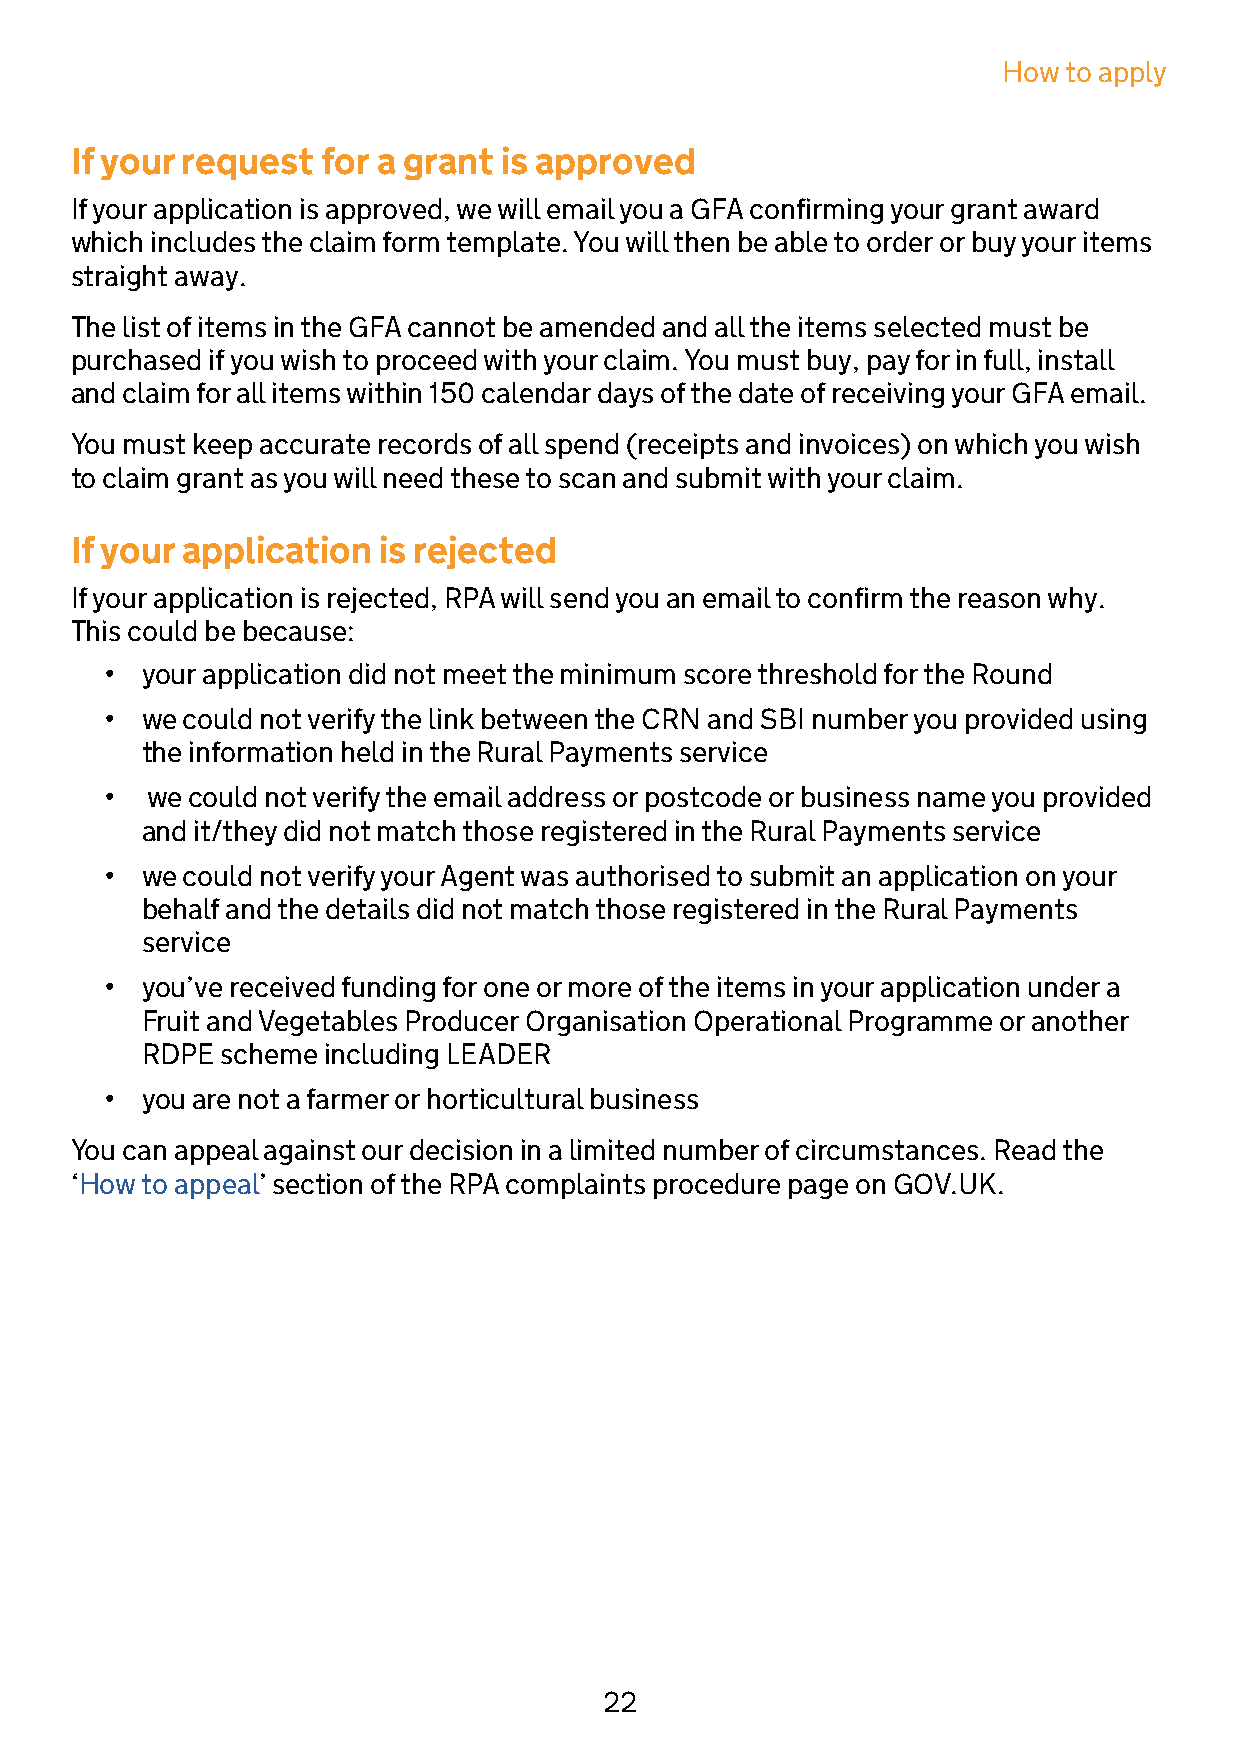
How to apply
 If your request for a grant is approved
 If your application is approved, we will email you a GFA confirming your grant award
 which includes the claim form template. You will then be able to order or buy your items
 straight away.
 The list of items in the GFA cannot be amended and all the items selected must be
 purchased if you wish to proceed with your claim. You must buy, pay for in full, install
 and claim for all items within 150 calendar days of the date of receiving your GFA email.
 You must keep accurate records of all spend (receipts and invoices) on which you wish
 to claim grant as you will need these to scan and submit with your claim.
 If your application is rejected
 If your application is rejected, RPA will send you an email to confirm the reason why.
 This could be because:
 • your application did not meet the minimum score threshold for the Round
 • we could not verify the link between the CRN and SBI number you provided using
 the information held in the Rural Payments service
 •  we could not verify the email address or postcode or business name you provided
 and it/they did not match those registered in the Rural Payments service
 • we could not verify your Agent was authorised to submit an application on your
 behalf and the details did not match those registered in the Rural Payments
 service
 • you’ve received funding for one or more of the items in your application under a
 Fruit and Vegetables Producer Organisation Operational Programme or another
 RDPE  scheme including LEADER
 • you are not a farmer or horticultural business
 You can appeal against our decision in a limited number of circumstances. Read the
 ‘How to appeal’ section of the RPA complaints procedure page on GOV.UK.
 22